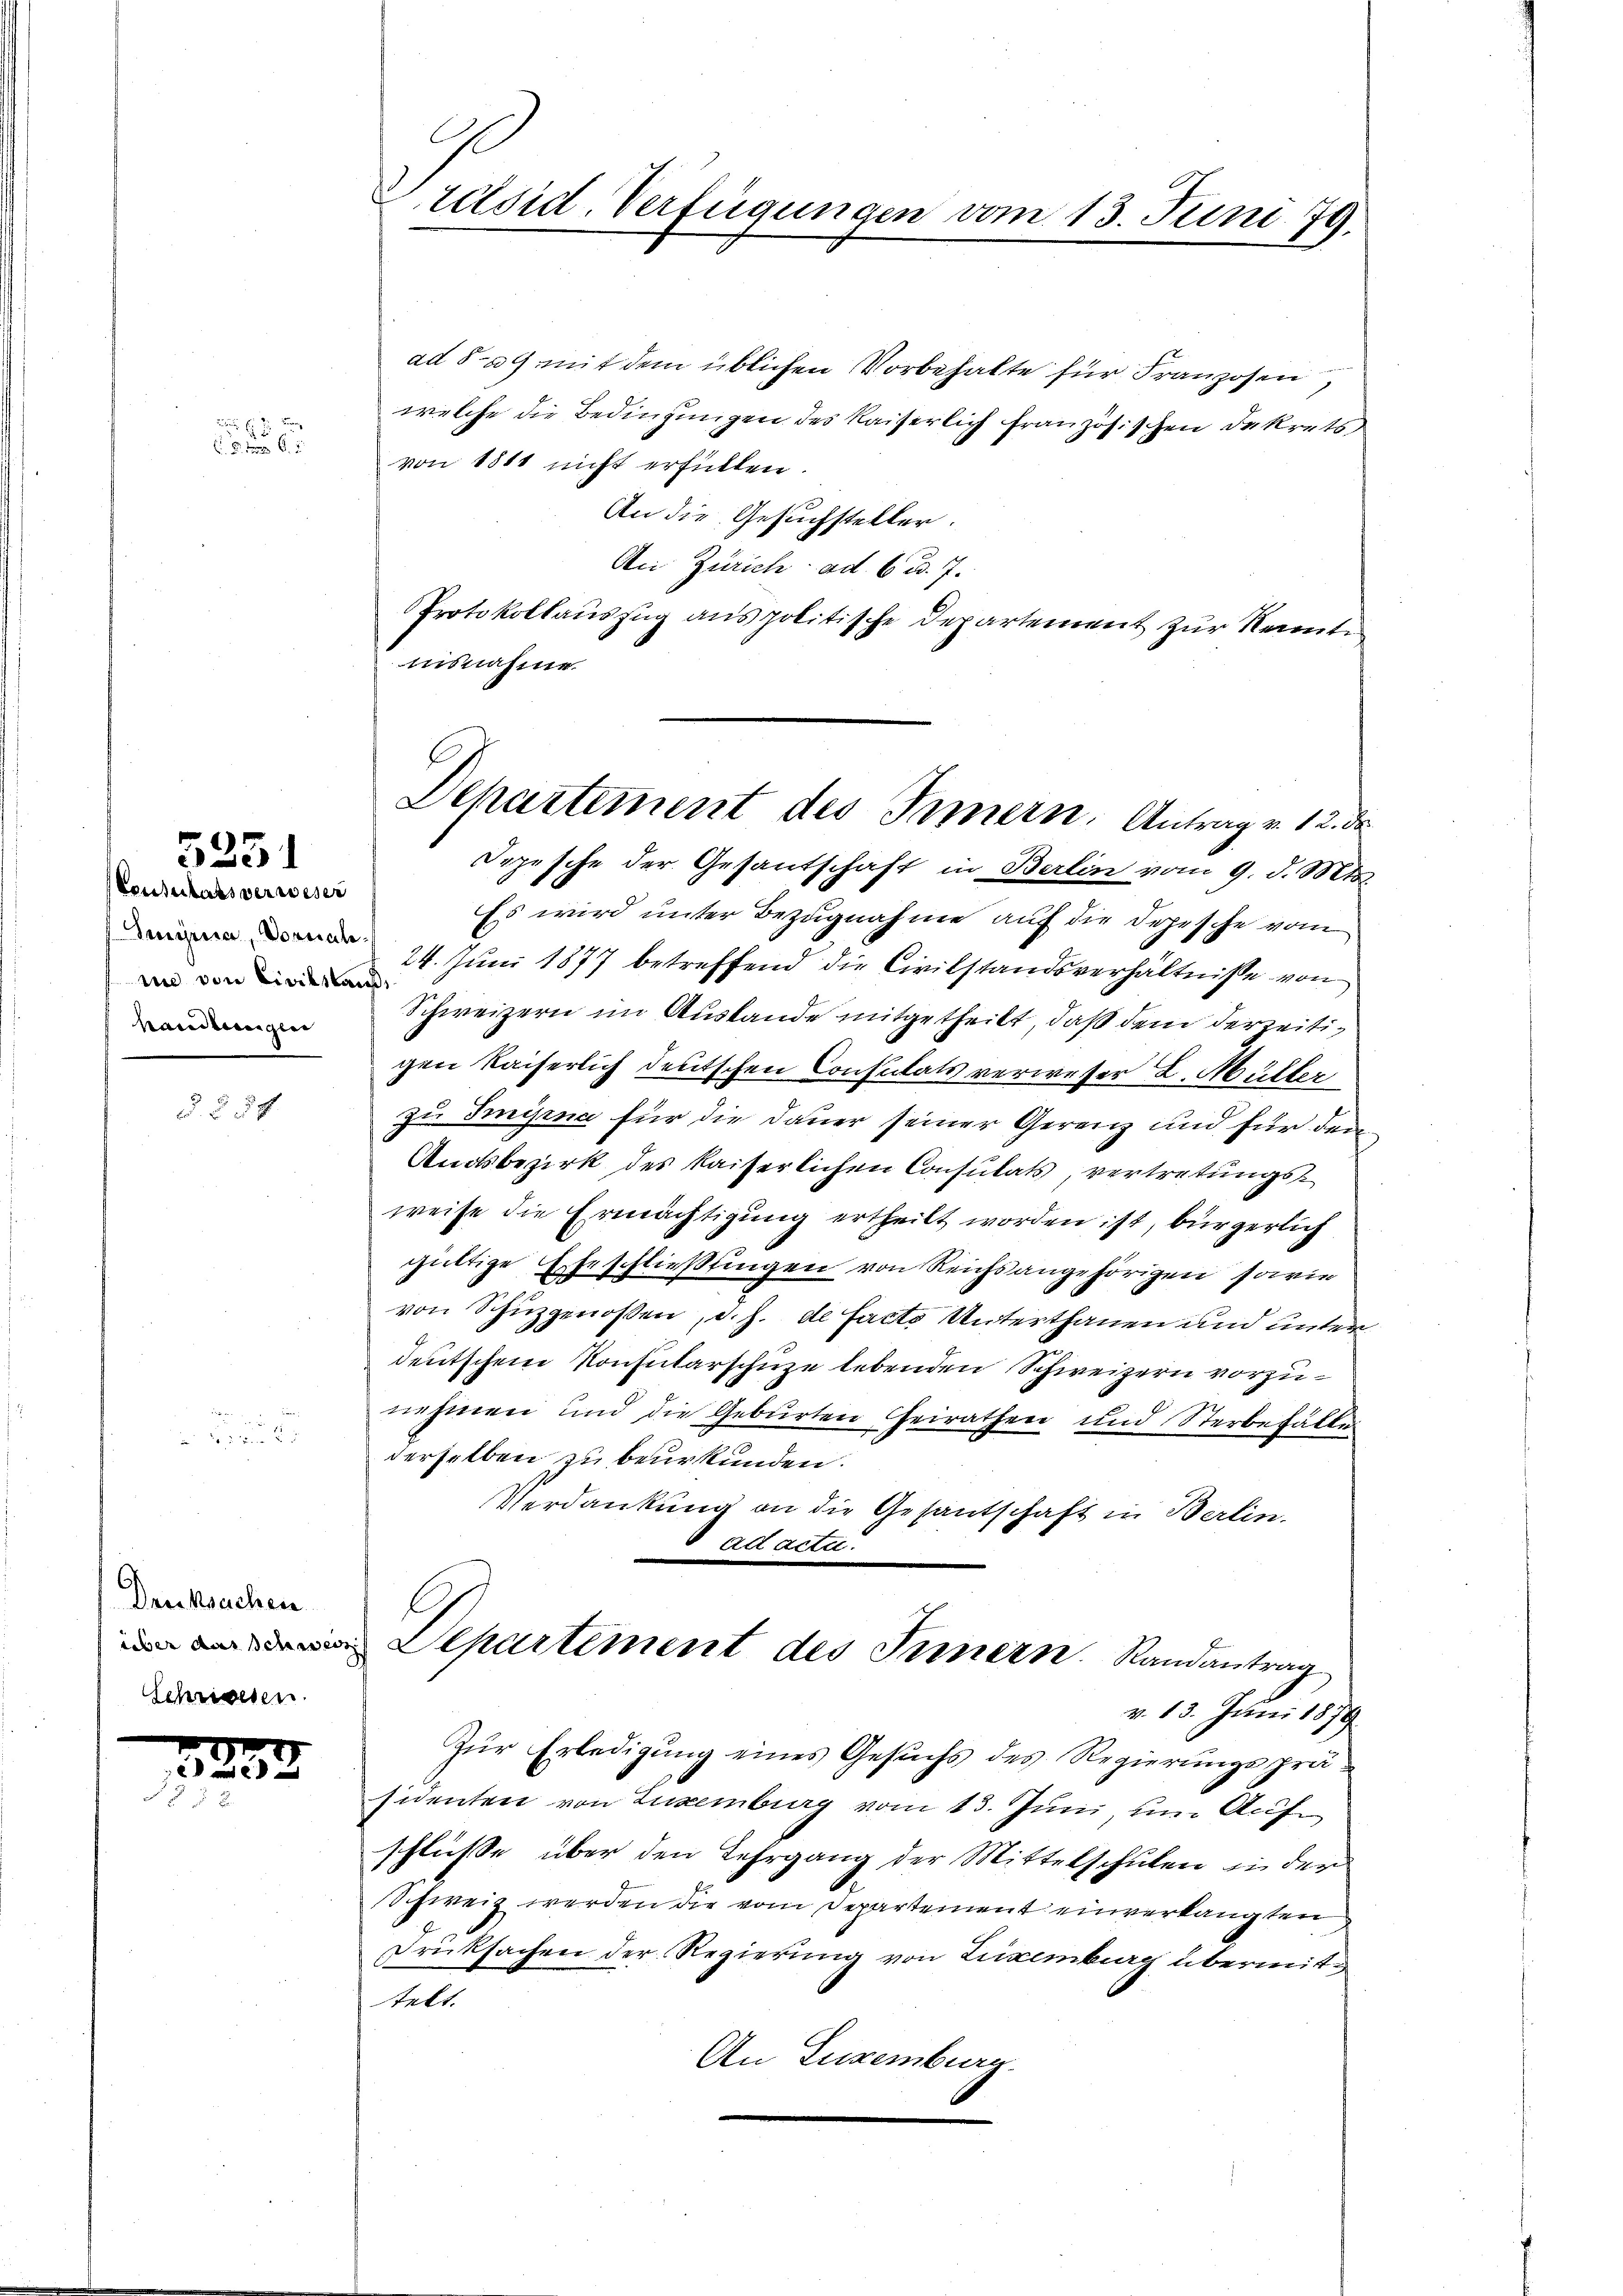
2 x 2 2
 d. J. G.

5251

Konsulats verwesen
Smisua, Vornahmi von Civilstauf,
handlungen

§.§. 34

Drucksachen
über der schnee
Schriesen.

233.

Ge
Präsid. Verfügungen vom 13. Juni 79.

ad § 29 mit dem üblichen Vorbehalte für Franzosen
welche die Bedingungen des Kaiserlich französischen Dekrets
von 1811 nicht erfüllen.
An die Gesuchsteller.
An Zürich ad 6. d. 7.
Protokollauszug aus politische Departement zur Kenntiausnahme
Depesche der Gesantschaft in Berlin vom 9. d. Mts.
Es wird unter Bezugnahme auf die Depesche vom
24. Juni 1877 betreffend die Civilstandsverhältnisse von
Schweizern im Auslande mitgetheilt, daß dem derzeitigen Kaiserlich deutschen Consulats verweser L. Müller
zu Smipna für die Dauer seiner Gerenz und für den
Amtsbezirk des kaiserlichen Consulats, vertretungsweise die Ermächtigung ertheilt worden ist, bürgerlich
gültige Eheschließungen von Reichsangehörigen sowie
von Schüzgenoßen, d. h. de facto Unterthanen und unter
deutschen Konsularschüze lebenden Schweizern vorzunehmen und die Geburten heirathen und Sterbehälte
derselben zu beurkunden.
VVerdankung an die Gesantschaft in Berlin.
ad acta.
C
Departement des Innern. Randantrag
v. 13. Juni 1879
Zür Erledigung eines Gesuchs des Regierungsprä-
sidenten von Luxenburg vom 13. Juni, um Aufschlüsse über den Lehrgang der Mittelschulen in der
Schweiz werden die vom Departement einverlangten
Druksachen der Regierung von Luxenburg übermittekt.
An Luxenburg.

Departement des Innern. Antrag v. 12. d.